Civil Veterinary Dept. Bombay admin report 1923-31 - 1923-1931
Year: 1923
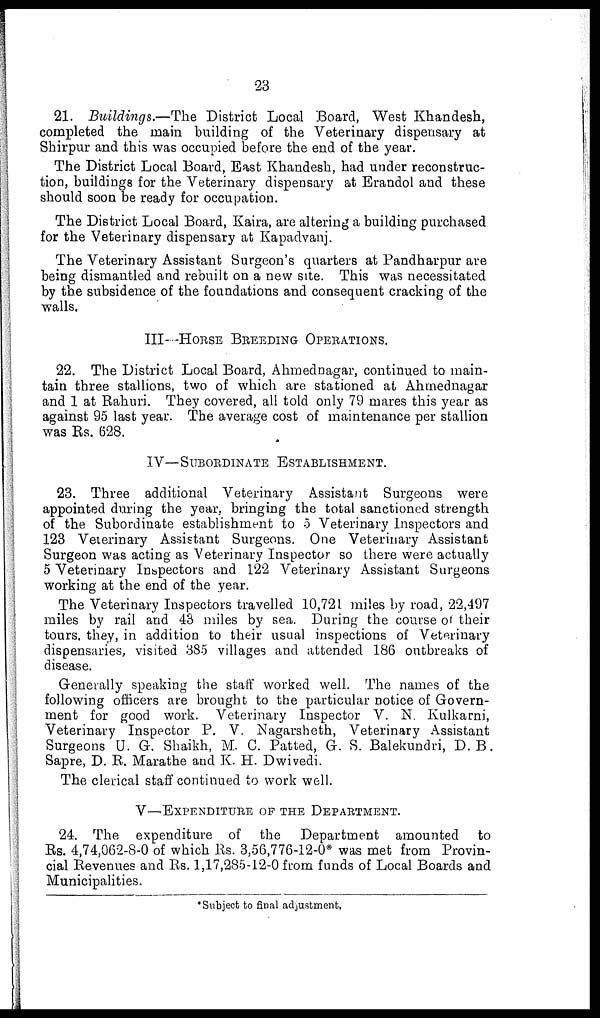
23
21. Buildings.—The District Local Board, West Khandesh,
completed the main building of the Veterinary dispensary at
Shirpur and this was occupied before the end of the year.
The District Local Board, East Khandesh, had under reconstruc-
tion, buildings for the Veterinary dispensary at Erandol and these
should soon be ready for occupation.
The District Local Board, Kaira, are altering a building purchased
for the Veterinary dispensary at Kapadvanj.
The Veterinary Assistant Surgeon's quarters at Pandharpur are
being dismantled and rebuilt on a new site. This was necessitated
by the subsidence of the foundations and consequent cracking of the
walls.
III--HORSE BREEDING OPERATIONS.
22. The District Local Board, Ahmednagar, continued to main-
tain three stallions, two of which are stationed at Ahmednagar
and 1 at Rahuri. They covered, all told only 79 mares this year as
against 95 last year. The average cost of maintenance per stallion
was Rs. 628.
IV—SUBORDINATE ESTABLISHMENT.
23. Three additional Veterinary Assistant Surgeons were
appointed during the year, bringing the total sanctioned strength
of the Subordinate establishment to 5 Veterinary Inspectors and
123 Veterinary Assistant Surgeons. One Veterinary Assistant
Surgeon was acting as Veterinary Inspector so there were actually
5 Veterinary Inspectors and 122 Veterinary Assistant Surgeons
working at the end of the year.
The Veterinary Inspectors travelled 10,721 miles by road, 22,497
miles by rail and 43 miles by sea. During the course of their
tours, they, in addition to their usual inspections of Veterinary
dispensaries, visited 385 villages and attended 186 outbreaks of
disease.
Generally speaking the staff worked well. The names of the
following officers are brought to the particular notice of Govern-
ment for good work. Veterinary Inspector V. N. Kulkarni,
Veterinary Inspector P. V. Nagarsheth, Veterinary Assistant
Surgeons U. G. Shaikh, M. C. Patted, G. S. Balekundri, D. B.
Sapre, D. R. Marathe and K. H. Dwivedi.
The clerical staff continued to work well.
V—EXPENDITURE OF THE DEPARTMENT.
24. The expenditure of the Department amounted to
Rs. 4,74,062-8-0 of which Rs. 3,56,776-12-0* was met from Provin-
cial Revenues and Rs. 1,17,285-12-0 from funds of Local Boards and
Municipalities.
* Subject to final adjustment,